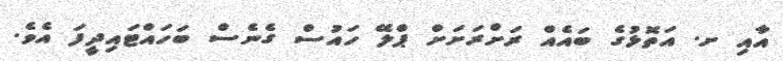
އާއި ށ. އަތޮޅުގެ ބައެއް ރަށްރަށަށް ޕްލޭ ހައުސް ގެނެސް ބަހައްޓައިދީފަ އެވެ.